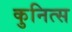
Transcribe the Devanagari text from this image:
कुनित्स